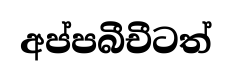
අප්පබීචීටත්